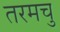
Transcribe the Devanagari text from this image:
तरमचु